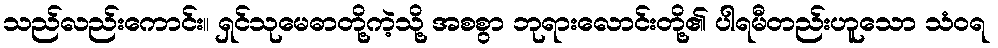
သည်လည်းကောင်း။ ရှင်သုမေဓာတို့ကဲ့သို့ အစစွာ ဘုရားလောင်းတို့၏ ပါရမီတည်းဟူသော သံဝရ